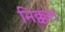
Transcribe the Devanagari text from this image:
निक्कल